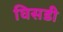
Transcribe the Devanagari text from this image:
घिसडी